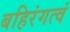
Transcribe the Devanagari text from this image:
बहिरंगत्वं